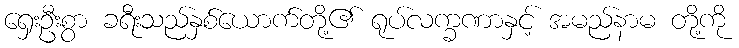
ရှေးဦးစွာ ခရီးသည်နှစ်ယောက်တို့၏ ရုပ်လက္ခဏာနှင့် အမည်နာမ တို့ကို